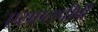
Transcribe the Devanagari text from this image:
एसएलपीपी